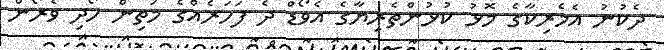
ދެކުނު އެމެރިކާގެ މޮޅު ކުޅުންތެރިޔާގެ އެވޯޑް ދެ ފަހަރެއްގެ މަތިން ހޯދި ވެރޯން